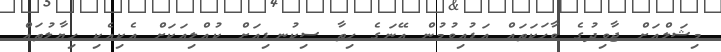
މިޝަލްއަށް ޖާވިދުގެ ވާހަކަތައް އަޑުއިވުމުން އޭނަގެ ހިތާ ސިކުނޑިއަށް ކުއްލިއަކަށް އެކިއެކި ހިޔާލުތައް